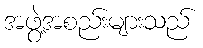
အဖွဲ့အစည်းများသည်